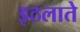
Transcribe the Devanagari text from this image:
इठलाते